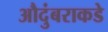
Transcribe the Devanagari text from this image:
औदुंबराकडे